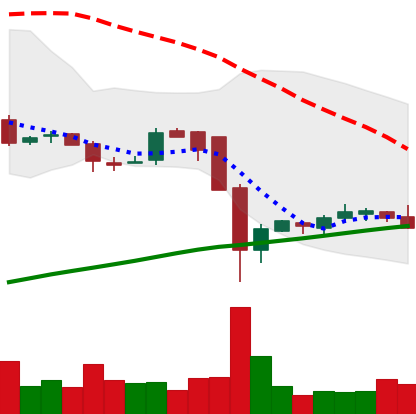
Ticker: LTC-USD
Chart end date: 2016-08-10
Forward return: -3.904%
Label: down_3_5